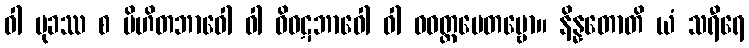
ဝါ မုခဿ စ ပိဟိတဘာဝေါ ဝါ ဝိဝဋဘာဝေါ ဝါ ဝဝတ္ထပေတဗ္ဗော။ နိန္နတောတိ ယံ သရီရေ